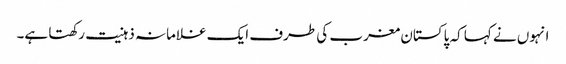
انہوں نے کہا کہ پاکستان مغرب کی طرف ایک غلامانہ ذہنیت رکھتا ہے۔